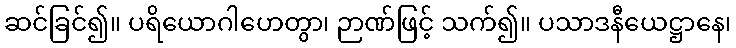
ဆင်ခြင်၍။ ပရိယောဂါဟေတွာ၊ ဉာဏ်ဖြင့် သက်၍။ ပသာဒနီယေဋ္ဌာနေ၊